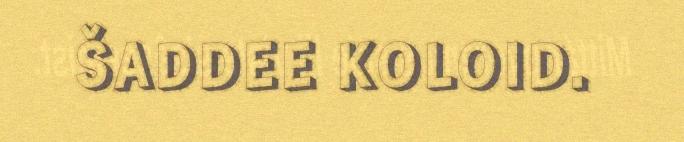
ŠADDEE KOLOID.